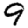
Digit: 9